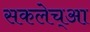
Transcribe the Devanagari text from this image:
सकलेच्आ